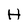
Character: H